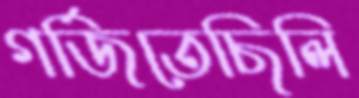
গর্জিতেছিলি